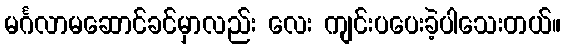
မင်္ဂလာမဆောင်ခင်မှာလည်း လေး ကျင်းပပေးခဲ့ပါသေးတယ်။